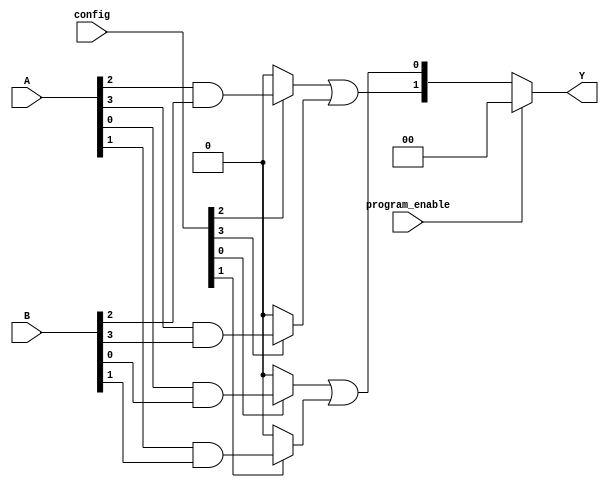
module FlashProgrammablePAL (
    input wire [3:0] A,       // Input lines (A, B, C, D)
    input wire [3:0] B,       // Additional input lines for flexibility
    input wire [3:0] config,  // Configuration input for programming AND gates
    input wire program_enable, // Control signal to enable programming mode
    output wire [1:0] Y       // Output lines (Y1, Y2)
);

// Parameters
parameter NUM_AND_GATES = 4; // Number of AND gates
parameter NUM_OUTPUTS = 2;    // Number of outputs

// Internal signals
wire [NUM_AND_GATES-1:0] and_out; // Outputs from AND gates
wire [NUM_OUTPUTS-1:0] or_out;     // Outputs from OR gates

// Programmable AND array
genvar i;
generate
    for (i = 0; i < NUM_AND_GATES; i = i + 1) begin : and_array
        // Each AND gate can be programmed based on the config input
        assign and_out[i] = (config[i] == 1'b1) ? (A[i] & B[i]) : 1'b0; // Example logic
    end
endgenerate

// Fixed OR array
assign or_out[0] = and_out[0] | and_out[1]; // Y1 = AND0 OR AND1
assign or_out[1] = and_out[2] | and_out[3]; // Y2 = AND2 OR AND3

// Output assignment
assign Y = (program_enable) ? 2'b00 : or_out; // During programming, outputs are disabled

endmodule